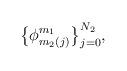
LaTeX: \begin{align*}\big\{\phi_{m_2(j)}^{m_1}\big\}_{j=0}^{N_2},\end{align*}